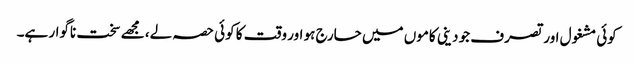
کوئی مشغول اور تصرف جو دینی کاموں میں حارج ہو اور وقت کا کوئی حصہ لے، مجھے سخت ناگوار ہے۔